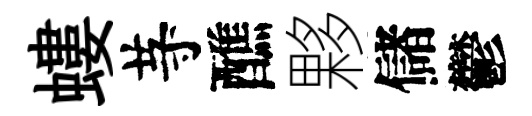
螻䒭醮夥儲鬱